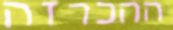
ההכרזה